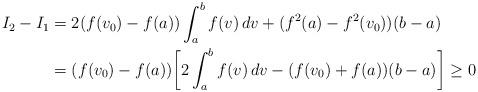
LaTeX: \begin{align*}I_2- I_1 &= 2 (f(v_0)- f(a)) \int_a^b f(v) \, dv + (f^2 (a) - f^2 (v_0))(b-a) \\ & = (f(v_0)- f(a))\biggl[ 2 \int_a^b f(v) \, dv -(f(v_0)+ f(a))(b-a) \biggr]\ge 0\end{align*}